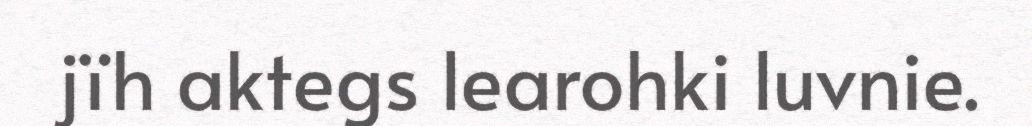
jïh aktegs learohki luvnie.